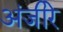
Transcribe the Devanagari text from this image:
अंजीरे